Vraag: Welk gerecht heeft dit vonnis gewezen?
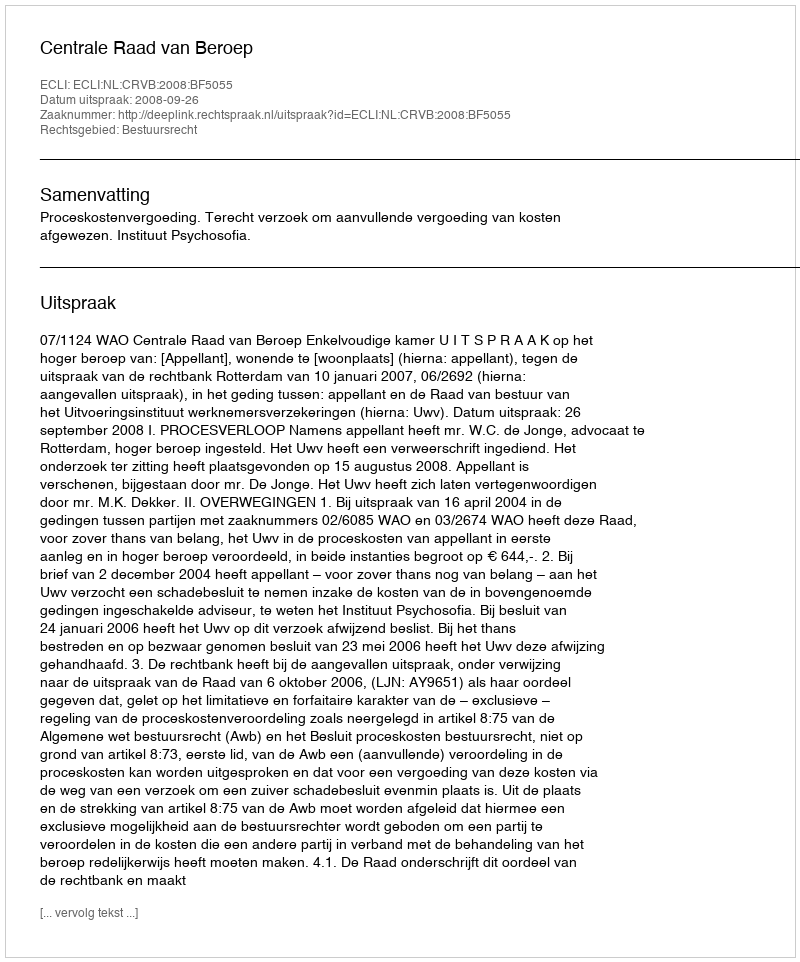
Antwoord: Centrale Raad van Beroep